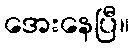
အေးနေပြီ။